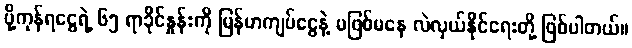
ပို့ကုန်ရငွေရဲ့ ၆၅ ရာခိုင်နှုန်းကို မြန်မာကျပ်ငွေနဲ့ မဖြစ်မနေ လဲလှယ်နိုင်ရေးတို့ ဖြစ်ပါတယ်။